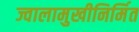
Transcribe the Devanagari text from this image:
ज्वालामुखीनिर्मित